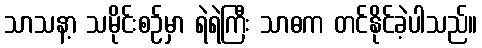
သာသနာ့ သမိုင်းစဉ်မှာ ရဲရဲကြီး သာဓက တင်နိုင်ခဲ့ပါသည်။